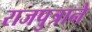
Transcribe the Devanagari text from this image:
राजपुत्राने